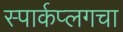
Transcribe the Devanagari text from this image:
स्पार्कप्लगचा